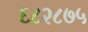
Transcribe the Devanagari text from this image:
६८२८७५